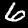
Label: 6